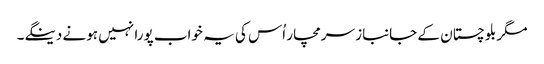
مگر بلوچستان کے جانباز سرمچار اُس کی یہ خواب پورا نہیں ہونے دینگے۔